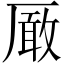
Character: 𠪚